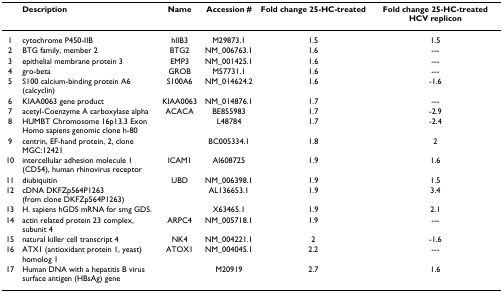
<table><thead><tr><td></td><td><b>Description</b></td><td><b>Name</b></td><td><b>Accession #</b></td><td><b>Fold change 25-HC-treated</b></td><td><b>Fold change 25-HC-treated HCV replicon</b></td></tr></thead><tbody><tr><td>1</td><td>cytochrome P450-IIB</td><td>hIIB3</td><td>M29873.1</td><td>1.5</td><td>1.5</td></tr><tr><td>2</td><td>BTG family, member 2</td><td>BTG2</td><td>NM_006763.1</td><td>1.6</td><td>---</td></tr><tr><td>3</td><td>epithelial membrane protein 3</td><td>EMP3</td><td>NM_001425.1</td><td>1.6</td><td>---</td></tr><tr><td>4</td><td>gro-beta</td><td>GROB</td><td>M57731.1</td><td>1.6</td><td>---</td></tr><tr><td>5</td><td>S100 calcium-binding protein A6 (calcyclin)</td><td>S100A6</td><td>NM_014624.2</td><td>1.6</td><td>-1.6</td></tr><tr><td>6</td><td>KIAA0063 gene product</td><td>KIAA0063</td><td>NM_014876.1</td><td>1.7</td><td>---</td></tr><tr><td>7</td><td>acetyl-Coenzyme A carboxylase alpha</td><td>ACACA</td><td>BE855983</td><td>1.7</td><td>-2.9</td></tr><tr><td>8</td><td>HUMBT Chromosome 16p13.3 Exon Homo sapiens genomic clone h-80</td><td></td><td>L48784</td><td>1.7</td><td>-2.4</td></tr><tr><td>9</td><td>centrin, EF-hand protein, 2, clone MGC:12421</td><td></td><td>BC005334.1</td><td>1.8</td><td>2</td></tr><tr><td>10</td><td>intercellular adhesion molecule 1 (CD54), human rhinovirus receptor</td><td>ICAM1</td><td>AI608725</td><td>1.9</td><td>1.6</td></tr><tr><td>11</td><td>diubiquitin</td><td>UBD</td><td>NM_006398.1</td><td>1.9</td><td>1.5</td></tr><tr><td>12</td><td>cDNA DKFZp564P1263 (from clone DKFZp564P1263)</td><td></td><td>AL136653.1</td><td>1.9</td><td>3.4</td></tr><tr><td>13</td><td>H. sapiens hGDS mRNA for smg GDS.</td><td></td><td>X63465.1</td><td>1.9</td><td>2.1</td></tr><tr><td>14</td><td>actin related protein 23 complex, subunit 4</td><td>ARPC4</td><td>NM_005718.1</td><td>1.9</td><td>---</td></tr><tr><td>15</td><td>natural killer cell transcript 4</td><td>NK4</td><td>NM_004221.1</td><td>2</td><td>-1.6</td></tr><tr><td>16</td><td>ATX1 (antioxidant protein 1, yeast) homolog 1</td><td>ATOX1</td><td>NM_004045.1</td><td>2.2</td><td>---</td></tr><tr><td>17</td><td>Human DNA with a hepatitis B virus surface antigen (HBsAg) gene</td><td></td><td>M20919</td><td>2.7</td><td>1.6</td></tr></tbody></table>